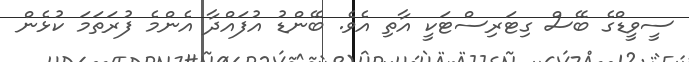
ސީވީޑްގެ ބޭސް ގިޓަރިސްޓަކީ އާތި އެވެ. ބޭންޑު އުފައްދާ އެންމެ ފުރަތަމަ ކުޅެން